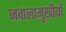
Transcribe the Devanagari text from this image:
जवालामुखीयों